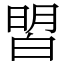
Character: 㿢